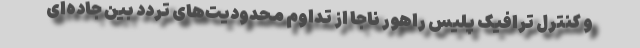
و کنترل ترافیک پلیس راهور ناجا از تداوم محدودیت‌های تردد بین جاده‌ای